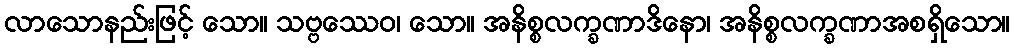
လာသောနည်းဖြင့် သော။ သဗ္ဗဿေဝ၊ သော။ အနိစ္စလက္ခဏာဒိနော၊ အနိစ္စလက္ခဏာအစရှိသော။